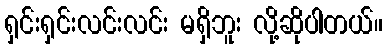
ရှင်းရှင်းလင်းလင်း မရှိဘူး လို့ဆိုပါတယ်။